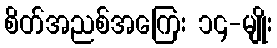
စိတ်အညစ်အကြေး ၁၄-မျိုး